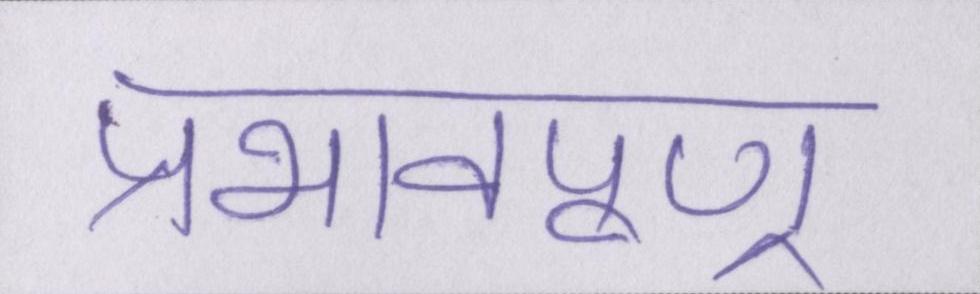
प्रभावपूण्र